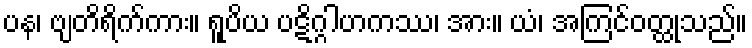
ပန၊ ဗျတိရိက်ကား။ ရူပိယ ပဋိဂ္ဂါဟကဿ၊ အား။ ယံ၊ အကြင်ဝတ္ထုသည်။